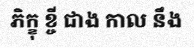
ភិក្ខុ ខ្ចី ជាង កាល នឹង